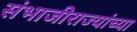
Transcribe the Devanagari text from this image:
संभाजीराज्यांच्या